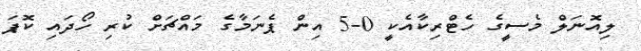
ލިއޮނަލް މެސީގެ ހެޓްރިކާއެކީ 0-5 އިން ޕެނަމާގެ މައްޗަށް ކުރި ހޯދައި ކޮޕަ